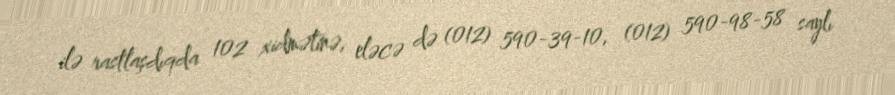
ilə rastlaşdıqda 102 xidmətinə, eləcə də (012) 590-39-10, (012) 590-98-58 saylı